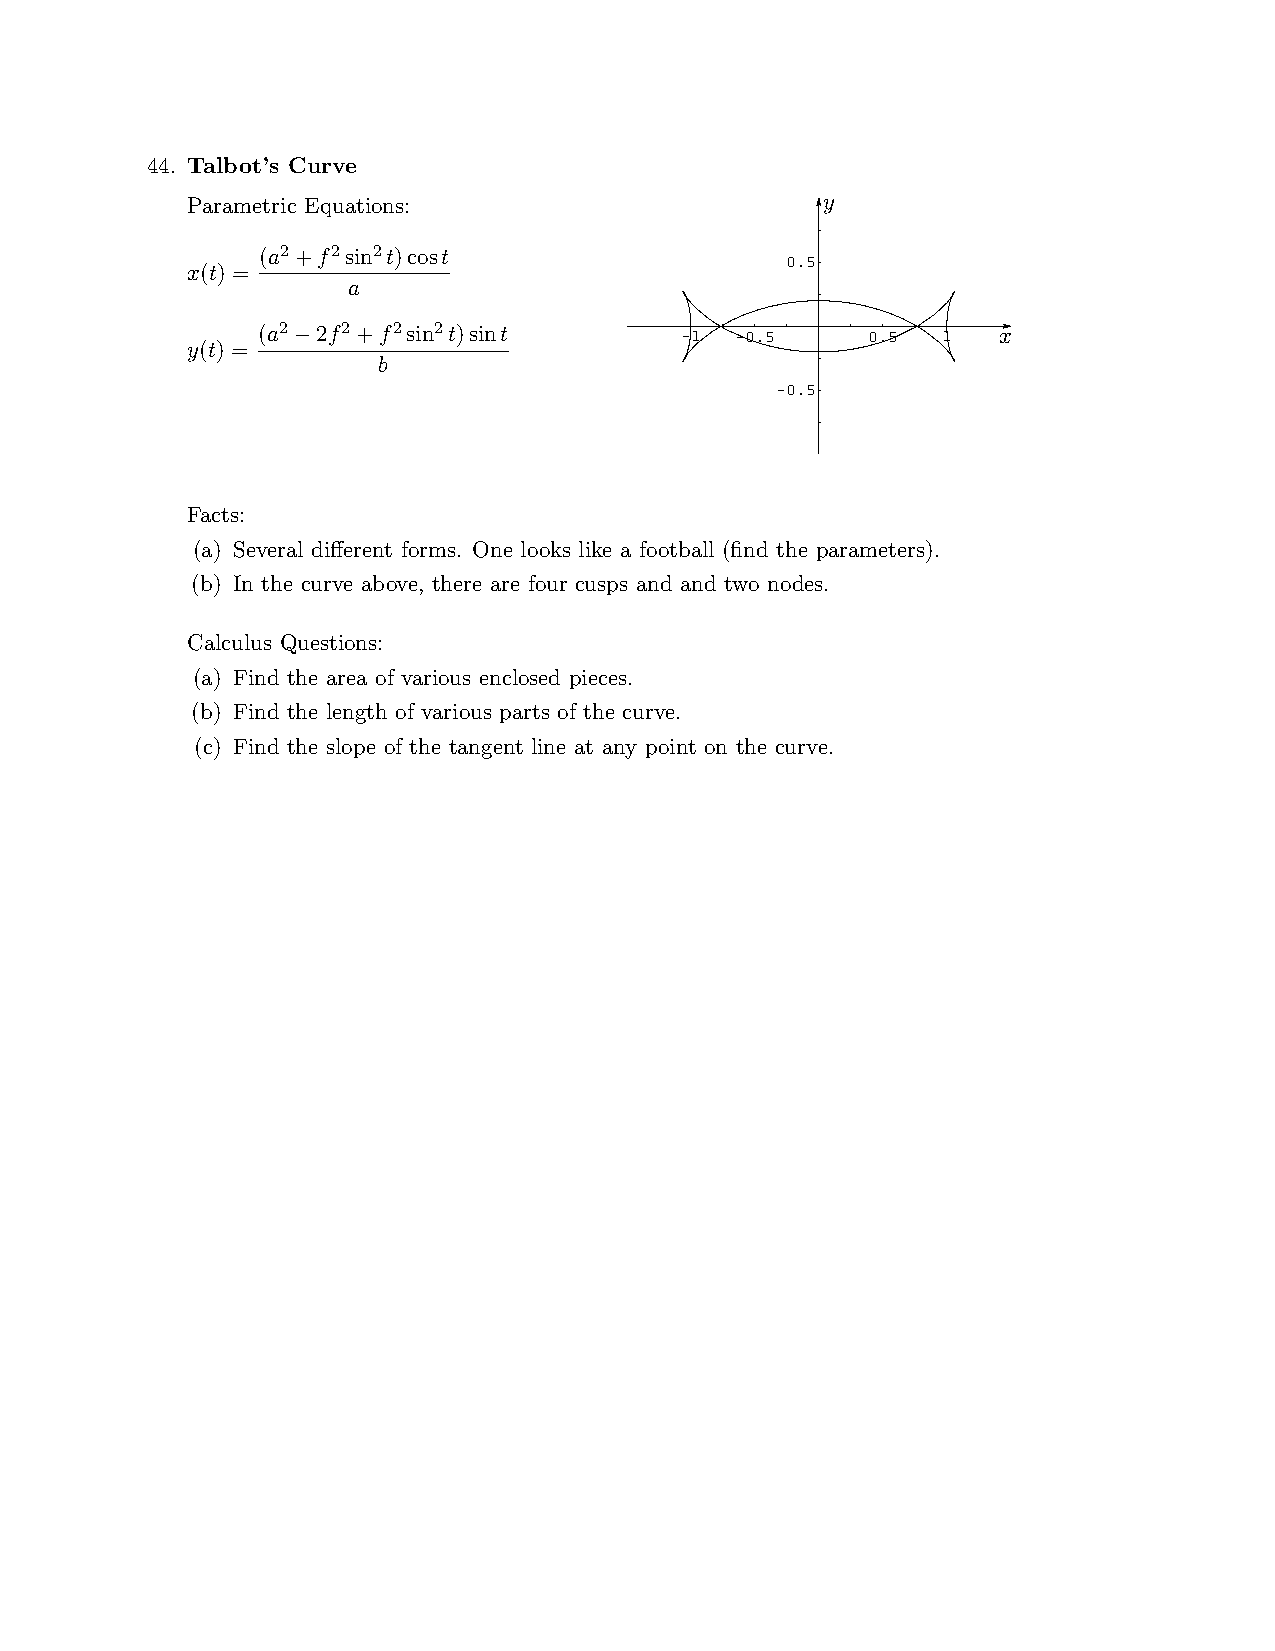
44. Talbot’s Curve
 Parametric Equations:                     y
 2  2  2
 (a +f sin t)cost
 0.5
 x(t) =
 a
 2    2  2  2
 (a  2f +f sin t)sint        -1  -0.5    0.5  1   x
 y(t) = ¡
 b
 PSfrag replacements
 -0.5
 Facts:
 (a) Several difierent forms. One looks like a football (flnd the parameters).
 (b) In the curve above, there are four cusps and and two nodes.
 Calculus Questions:
 (a) Find the area of various enclosed pieces.
 (b) Find the length of various parts of the curve.
 (c) Find the slope of the tangent line at any point on the curve.